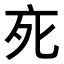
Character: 𬽇